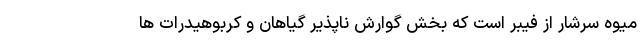
میوه سرشار از فیبر است که بخش گوارش ناپذیر گیاهان و کربوهیدرات ها